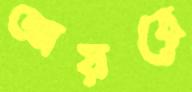
আয়রে